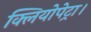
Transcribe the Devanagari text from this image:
क्लियोपेट्रा।